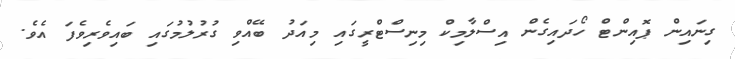
ގިނައިން ޕޮއިންޓް ހޯދައިގެން އިސްލާމިކް މިނިސްޓްރީގައި މިއަދު ބޭއްވި ގުރުލުމުގައި ބައިވެރިވެފަ އެވެ.